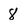
Character: 8